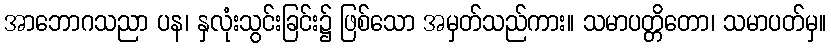
အာဘောဂသညာ ပန၊ နှလုံးသွင်းခြင်း၌ ဖြစ်သော အမှတ်သည်ကား။ သမာပတ္တိတော၊ သမာပတ်မှ။